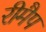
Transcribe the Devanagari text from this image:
रीमैप